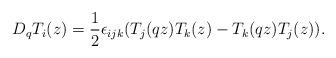
LaTeX: \begin{align*}D_qT_i(z)=\frac{1}{2}\epsilon_{ijk}(T_j(qz)T_k(z)-T_k(qz)T_j(z)).\end{align*}